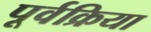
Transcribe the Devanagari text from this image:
पूर्वक्रिया